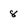
Character: 8